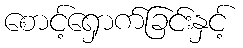
စောင့်ရှောက်ခြင်းနှင့်